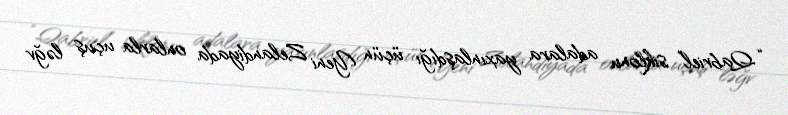
“Qabriel” siklonu adalara yaxınlaşdığı üçün Yeni Zelandiyada onlarla uçuş ləğv